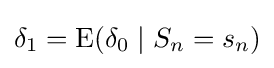
\delta _{1}=\operatorname {E} (\delta _{0}\mid S_{n}=s_{n})